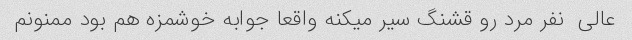
عالی  نفر مرد رو قشنگ سیر میکنه واقعا جوابه خوشمزه هم بود ممنونم